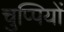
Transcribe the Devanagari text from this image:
चुप्पियों